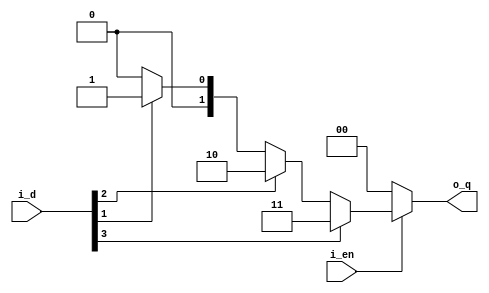
module encoder #(parameter WIDTH = 2, SIZE = 2 ** WIDTH)
               (output reg [WIDTH-1:0] o_q,
                input wire             i_en,
                input wire [SIZE-1:0]  i_d);

integer i;

always @(*)
begin
	o_q = { WIDTH{1'b0} };
	if (i_en) begin
		for (i = 0; i < SIZE; i = i + 1)
			if (i_d[i])
				o_q = i[WIDTH-1:0];
	end
end

endmodule